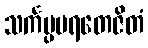
သင်္ကပ္ပပရတေဇိတံ